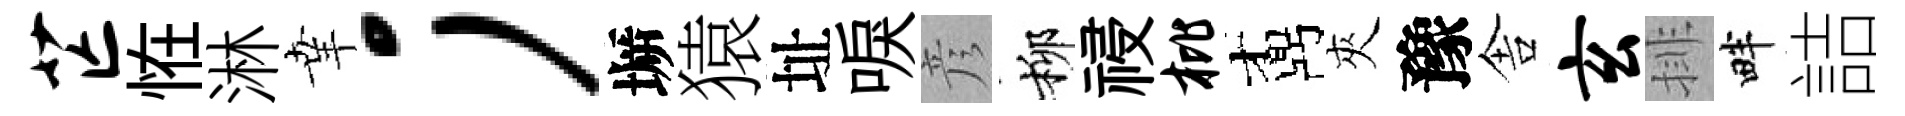
芒恠淋𦍒；󶱲猿址唳彦柳祲枇鼒夾豫舎玄排畔詰